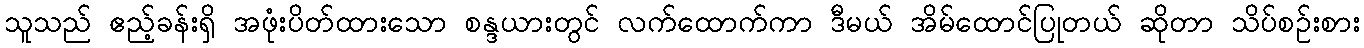
သူသည် ဧည့်ခန်းရှိ အဖုံးပိတ်ထားသော စန္ဒယားတွင် လက်ထောက်ကာ ဒီမယ် အိမ်ထောင်ပြုတယ် ဆိုတာ သိပ်စဉ်းစား